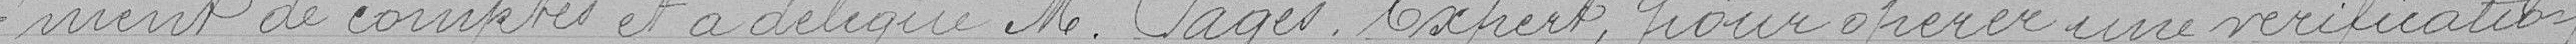
-ment de comptes et a délégué Monsieur PAGES, Expert pour opérer une vérification